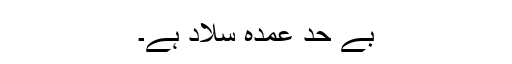
بے حد عمدہ سلاد ہے۔